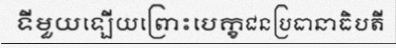
ទីមួយឡើយព្រោះបេក្ខជនប្រធានាធិបតី